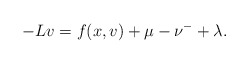
\begin{align*}-Lv=f(x,v)+\mu-\nu^{-}+\lambda.\end{align*}